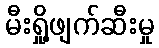
မီးရှို့ဖျက်ဆီးမှု